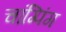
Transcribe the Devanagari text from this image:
चांग्पिंग